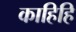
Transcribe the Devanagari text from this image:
काहिहि